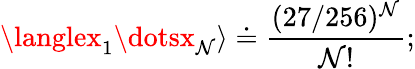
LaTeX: \langlex_{1}\dotsx_{\mathcal{N}}\rangle\doteq\frac{{(27/256)^{\mathcal{N}}}}{{\mathcal{N}!}};